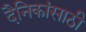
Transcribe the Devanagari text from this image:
दैनिकांसाठी